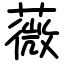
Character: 薇